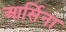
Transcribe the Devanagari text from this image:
आर्सिना